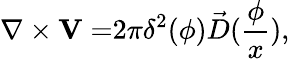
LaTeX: \nabla\times{\mathbf V=}2\pi\delta^{2}({\mathbf\phi})\vec{D}(\frac\phi x),